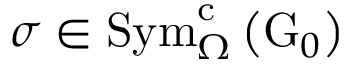
\sigma \in \mathrm { S y m } _ { \Omega } ^ { \mathrm { c } } \left( \mathrm { G } _ { 0 } \right)